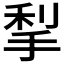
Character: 𰓶